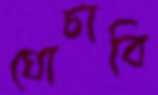
ঘোচাবি